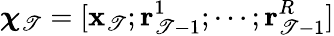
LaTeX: {\boldsymbol{\chi}}_{\mathscr{T}}=[\mathbf{{x}}_{\mathscr{T}};\mathbf{{r}}_{\mathscr{T}-1}^{1};\cdots;\mathbf{{r}}_{\mathscr{T}-1}^{R}]